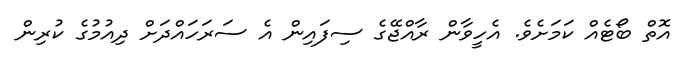
އޮތް ބޯޓެއް ކަމަށެވެ. އެހީވާން ރާއްޖޭގެ ސިފައިން އެ ސަރަހައްދަށް ދިއުމުގެ ކުރިން